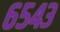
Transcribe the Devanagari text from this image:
६५४३